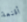
أقنعة